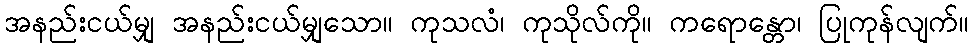
အနည်းငယ်မျှ အနည်းငယ်မျှသော။ ကုသလံ၊ ကုသိုလ်ကို။ ကရောန္တော၊ ပြုကုန်လျက်။